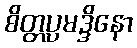
စိတ္တပ္ပမဒ္ဒိနော